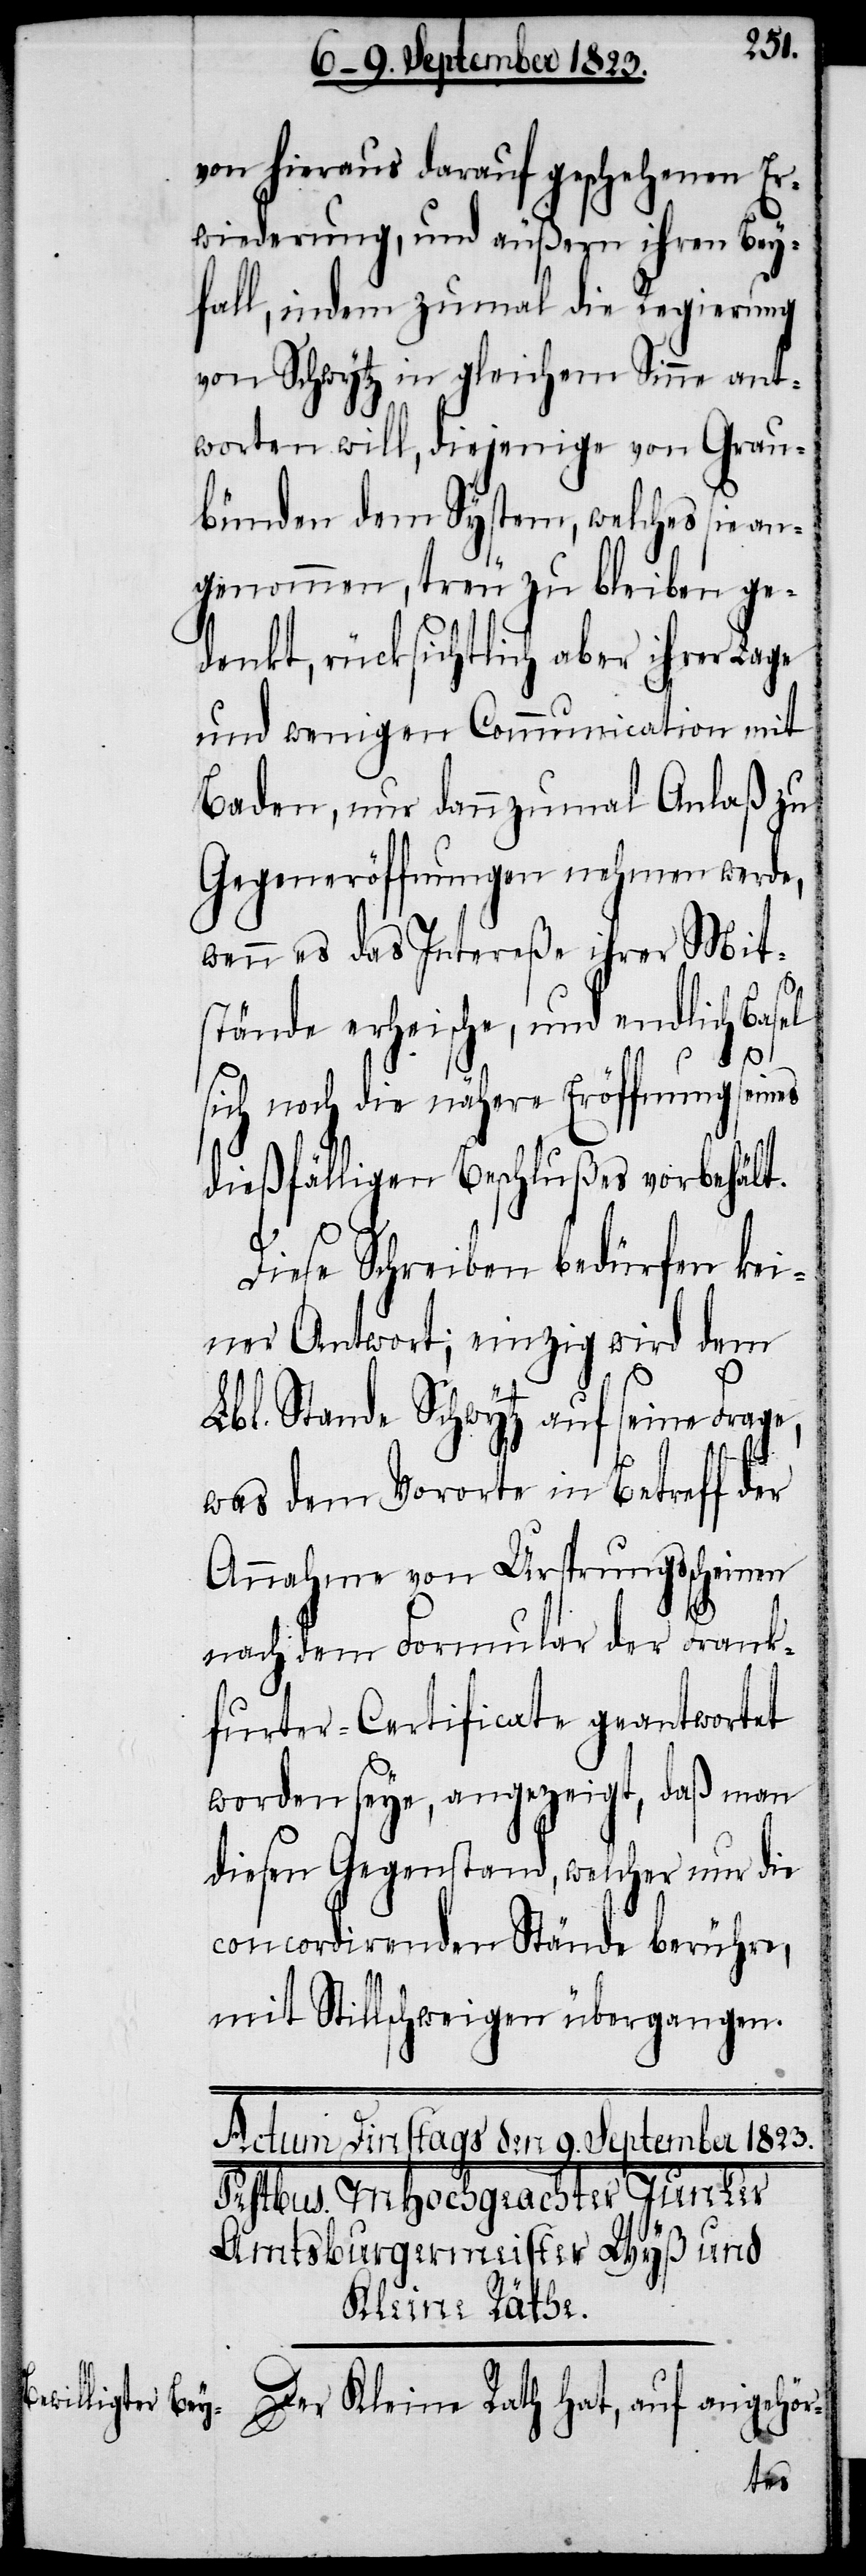
von hieraus darauf geschehenen Er¬
wiederung, und äußern ihren Bey¬
fall, indem zumal die Regierung
von Schwytz in gleichem Sinne ant¬
worten will, diejenige von Grau¬
bünden dem System, welches sie an¬
genommen, treu zu bleiben ge¬
denkt, rücksichtlich aber ihrer Lage
und wenigen Communication mit
Baden, nur dannzumal Anlaß zu
Gegeneröffnungen nehmen werde,
wenn es das Intereße ihrer Mit¬
stände erheische, und endlich Basel
sich noch die nähere Eröffnung seines
dießfälligen Beschlußes vorbehält.
Diese Schreiben bedürfen kei¬
ner Antwort; einzig wird dem
Lbl. Stande Schwytz auf seine Frage,
was dem Vororte in Betreff der
Annahme von Ursprungsscheinen
nach dem Formular der Frank¬
furter-Certificate geantwortet
worden seye, angezeigt, daß man
diesen Gegenstand, welcher nur die
concordirenden Stände berühre,
mit Stillschweigen übergangen.
Der Kleine Rath hat, auf angehör-